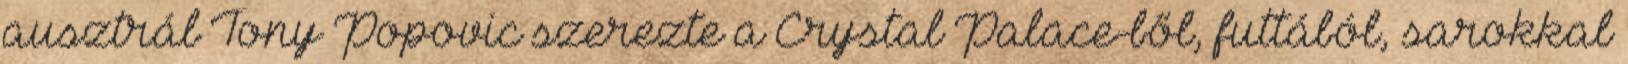
ausztrál Tony Popovic szerezte a Crystal Palace-ből, futtából, sarokkal